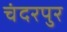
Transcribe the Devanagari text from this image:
चंदरपुर